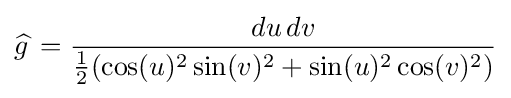
{\widehat {g\,}}={\frac {du\,dv}{{\tfrac {1}{2}}(\cos(u)^{2}\sin(v)^{2}+\sin(u)^{2}\cos(v)^{2})}}